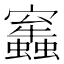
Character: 𧔂